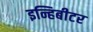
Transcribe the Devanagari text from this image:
इन्हिबीटर